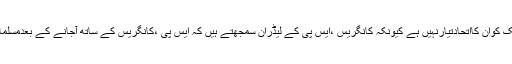
اس کاکہناہے کہ مسلمانوں سے ایک منہ بات کرنے تک کوان کااتحادتیارنہیں ہے کیونکہ کانگریس ،ایس پی کے لیڈران سمجھتے ہیں کہ ایس پی ،کانگریس کے ساتھ آجانے کے بعدمسلمان بی جے پی کے خوف سے مجبورِمحض ہوگئے ہیں۔